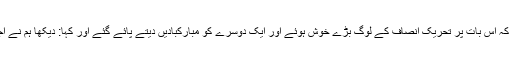
مزے کی بات یہ ہے کہ اس بات پر تحریک انصاف کے لوگ بڑے خوش ہوئے اور ایک دوسرے کو مبارکبادیں دیتے پائے گئے اور کہا: دیکھا ہم نے اجلاس نہیں چلنے دیا ۔